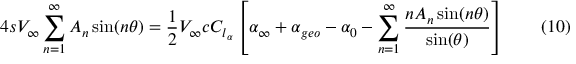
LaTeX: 4 s V _ { \infty } \sum _ { n = 1 } ^ { \infty } A _ { n } \sin ( n \theta ) = { \frac { 1 } { 2 } } V _ { \infty } c C _ { l _ { \alpha } } \left[ \alpha _ { \infty } + \alpha _ { g e o } - \alpha _ { 0 } - \sum _ { n = 1 } ^ { \infty } { \frac { n A _ { n } \sin ( n \theta ) } { \sin ( \theta ) } } \right] \qquad ( 1 0 )